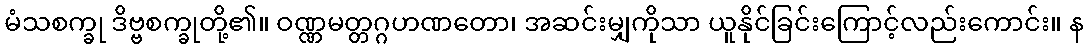
မံသစက္ခု ဒိဗ္ဗစက္ခုတို့၏။ ဝဏ္ဏမတ္တဂ္ဂဟဏတော၊ အဆင်းမျှကိုသာ ယူနိုင်ခြင်းကြောင့်လည်းကောင်း။ န